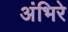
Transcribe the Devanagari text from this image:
अंभिरे